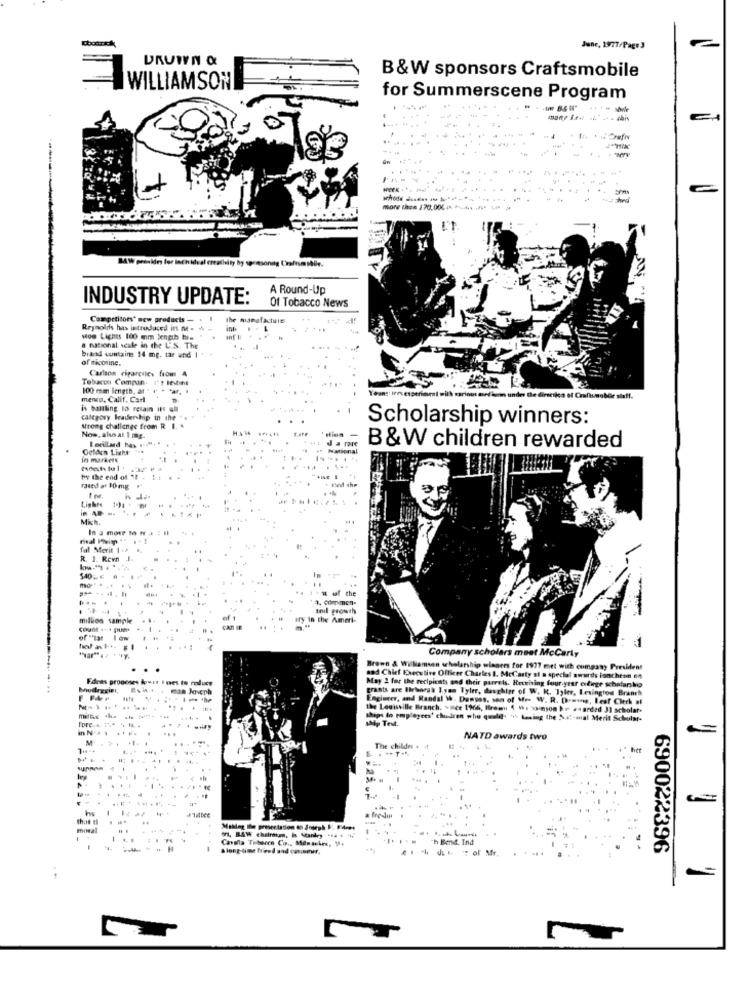
Jane, 1977/Page3
URUWYN &
B&W sponsors Craftsmobile
WILLIAMSON
for Summerscene Program
........
-
C
more ches 170.000 . huds " >
MAW presides for inch idual creathity by spessoning Craftsmobile.
A Round-Up
INDUSTRY UPDATE:
Of Tobacco News
Competitors* new products -
the manufactuits
Reynolds has introduced itt M-
inte
Mow Lights 100 mm length his
a national scale in the U.S. The
biand contains 14 mg. tar und I
of micosinc.
Carlos ciparcele. from A
Tobaco Compan. 1't Itvint
100 man length, at
meno, Calif, Carl
ober siaff.
is battling 13 retain its all
category leadership in the *.
Scholarship winners:
Wrong challenge from R 1. .
Now, she as 1 mg
a rare
Octacn Light
Lorillard has .
B&W children rewarded
in markere
... . ..
by the end of 18
Lighte
Mich.
In a more Th N'a :. Il
ful Merit 1 .
R. 1. Revn .I.
mo "
.. i'm of the
anil growth
milkes sample
iry in the Ameri-
of "tat I ow
Company scholars meet McCarly
Brown & Williamsan scholarship winners for 1977 met with company President
Edeas proposes deust Ines to reduce
nod Chief Executive Officer Charles 1. Mccarty si a special awards luncheon en
Mollregini,
May 2 for the recipicity and their purrels. Receiving four-year cidirge scholarship
grants are Birisorgh I.ymm Tyler, daughter of W. K. Tyler, Irvington Branch
Engineer, and Randal W. Dongos, son of Me- W. R. Dowes, Leaf Clerk al
the Louisville Branch. \ ce 1966, Bram 4 M. vainson br #4 arded 31 scholar.
ships do employees' chiudeen who quald ' Lening the Sut-mal Merit Scholar-
1Mp Test.
M . P.
...
The childer
NATD awards two
7 ****
1
thod t
mona
Bend. Ind
690022396